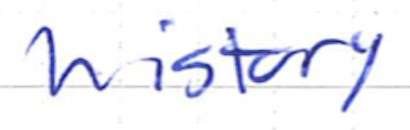
Text: history
Cross-out: clean
Writing tool: ballpoint